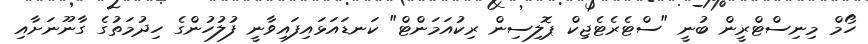
ހޯމް މިނިސްޓްރީން ބުނީ "ސްޓެރެޓެޖިކް ޕޮލިސިން ރިކުއަމަންޓް" ކަނޑައަޅައިފައިވާނީ ފުލުހުންގެ ހިދުމަތުގެ ގާނޫނަށާއި